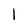
Character: 1